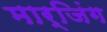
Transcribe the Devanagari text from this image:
मार्जिंग